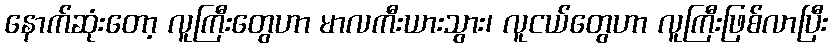
နောက်ဆုံးတော့ လူကြီးတွေဟာ မာလကီးယားသွား၊ လူငယ်တွေဟာ လူကြီးဖြစ်လာပြီး